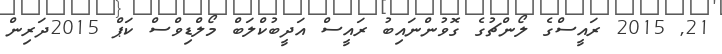
21